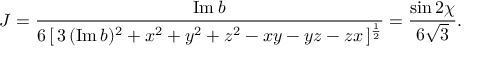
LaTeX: J = \frac { \mathrm { I m } \: b } { 6 \, [ \, 3 \, ( \mathrm { I m } \, b ) ^ { 2 } + x ^ { 2 } + y ^ { 2 } + z ^ { 2 } - x y - y z - z x \, ] ^ { \frac { 1 } { 2 } } } = \frac { \sin 2 \chi } { 6 \sqrt { 3 } } .